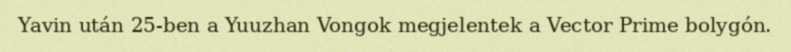
Yavin után 25-ben a Yuuzhan Vongok megjelentek a Vector Prime bolygón.